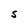
Character: S